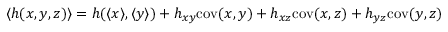
\langle h ( x , y , z ) \rangle = h ( \langle x \rangle , \langle y \rangle ) + h _ { x y } \mathrm { c o v } ( x , y ) + h _ { x z } \mathrm { c o v } ( x , z ) + h _ { y z } \mathrm { c o v } ( y , z )